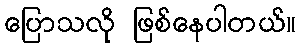
ပြောသလို ဖြစ်နေပါတယ်။